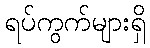
ရပ်ကွက်များရှိ